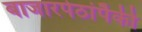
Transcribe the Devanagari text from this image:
बाजारपेठांपैकी